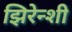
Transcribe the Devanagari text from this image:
झिरेन्शी